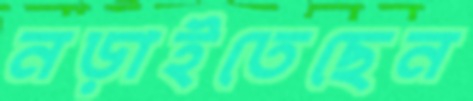
নড়াইতেছেন